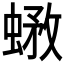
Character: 𧎄